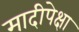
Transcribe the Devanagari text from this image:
मादीपेक्षा